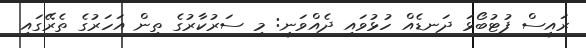
ރައީސް ފުޓުބޯޅަ ދަނޑެއް ހުޅުވައި ދެއްވަނީ: މި ސަރުކާރުގެ ތިން އަހަރުގެ ތެރޭގައި